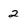
Character: 2